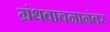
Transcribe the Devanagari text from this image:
ग्रंथवाचनानंतर